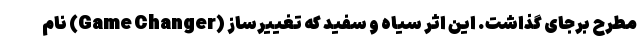
مطرح برجای گذاشت. این اثر سیاه و سفید که تغییرساز (Game Changer) نام